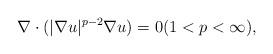
LaTeX: \begin{align*} \nabla\cdot(|\nabla u|^{p-2}\nabla u)=0 (1<p<\infty),\end{align*}